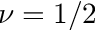
\nu = 1 / 2